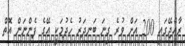
ރާއްޖޭގައި 200 އަށް ވުރެ ގިނަ ބަނދަރު ހެދުމަކީ އޭގެ ފެންނަން އޮތް